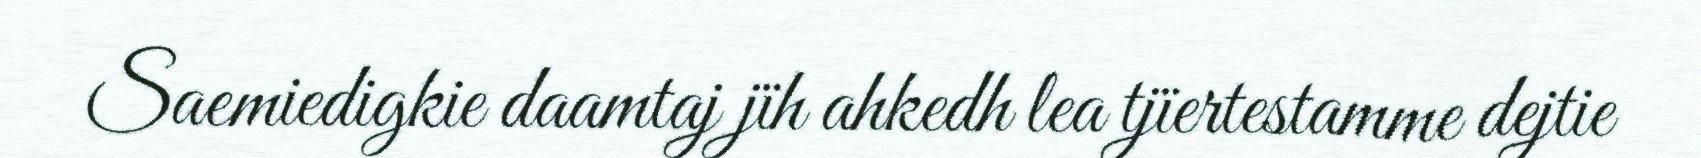
Saemiedigkie daamtaj jïh ahkedh lea tjïertestamme dejtie